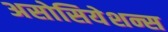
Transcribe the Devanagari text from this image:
असोसियेशन्स